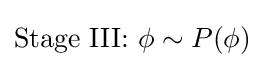
{\text{Stage III: }}\phi \sim P(\phi )